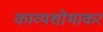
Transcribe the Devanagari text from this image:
काव्यशोभाकर